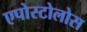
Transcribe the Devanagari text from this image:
एपोस्टोलोस